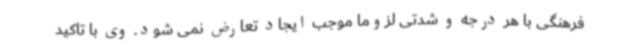
فرهنگی با هر درجه و شدتی لزوما موجب ایجاد تعارض نمی شود. وی با تاکید